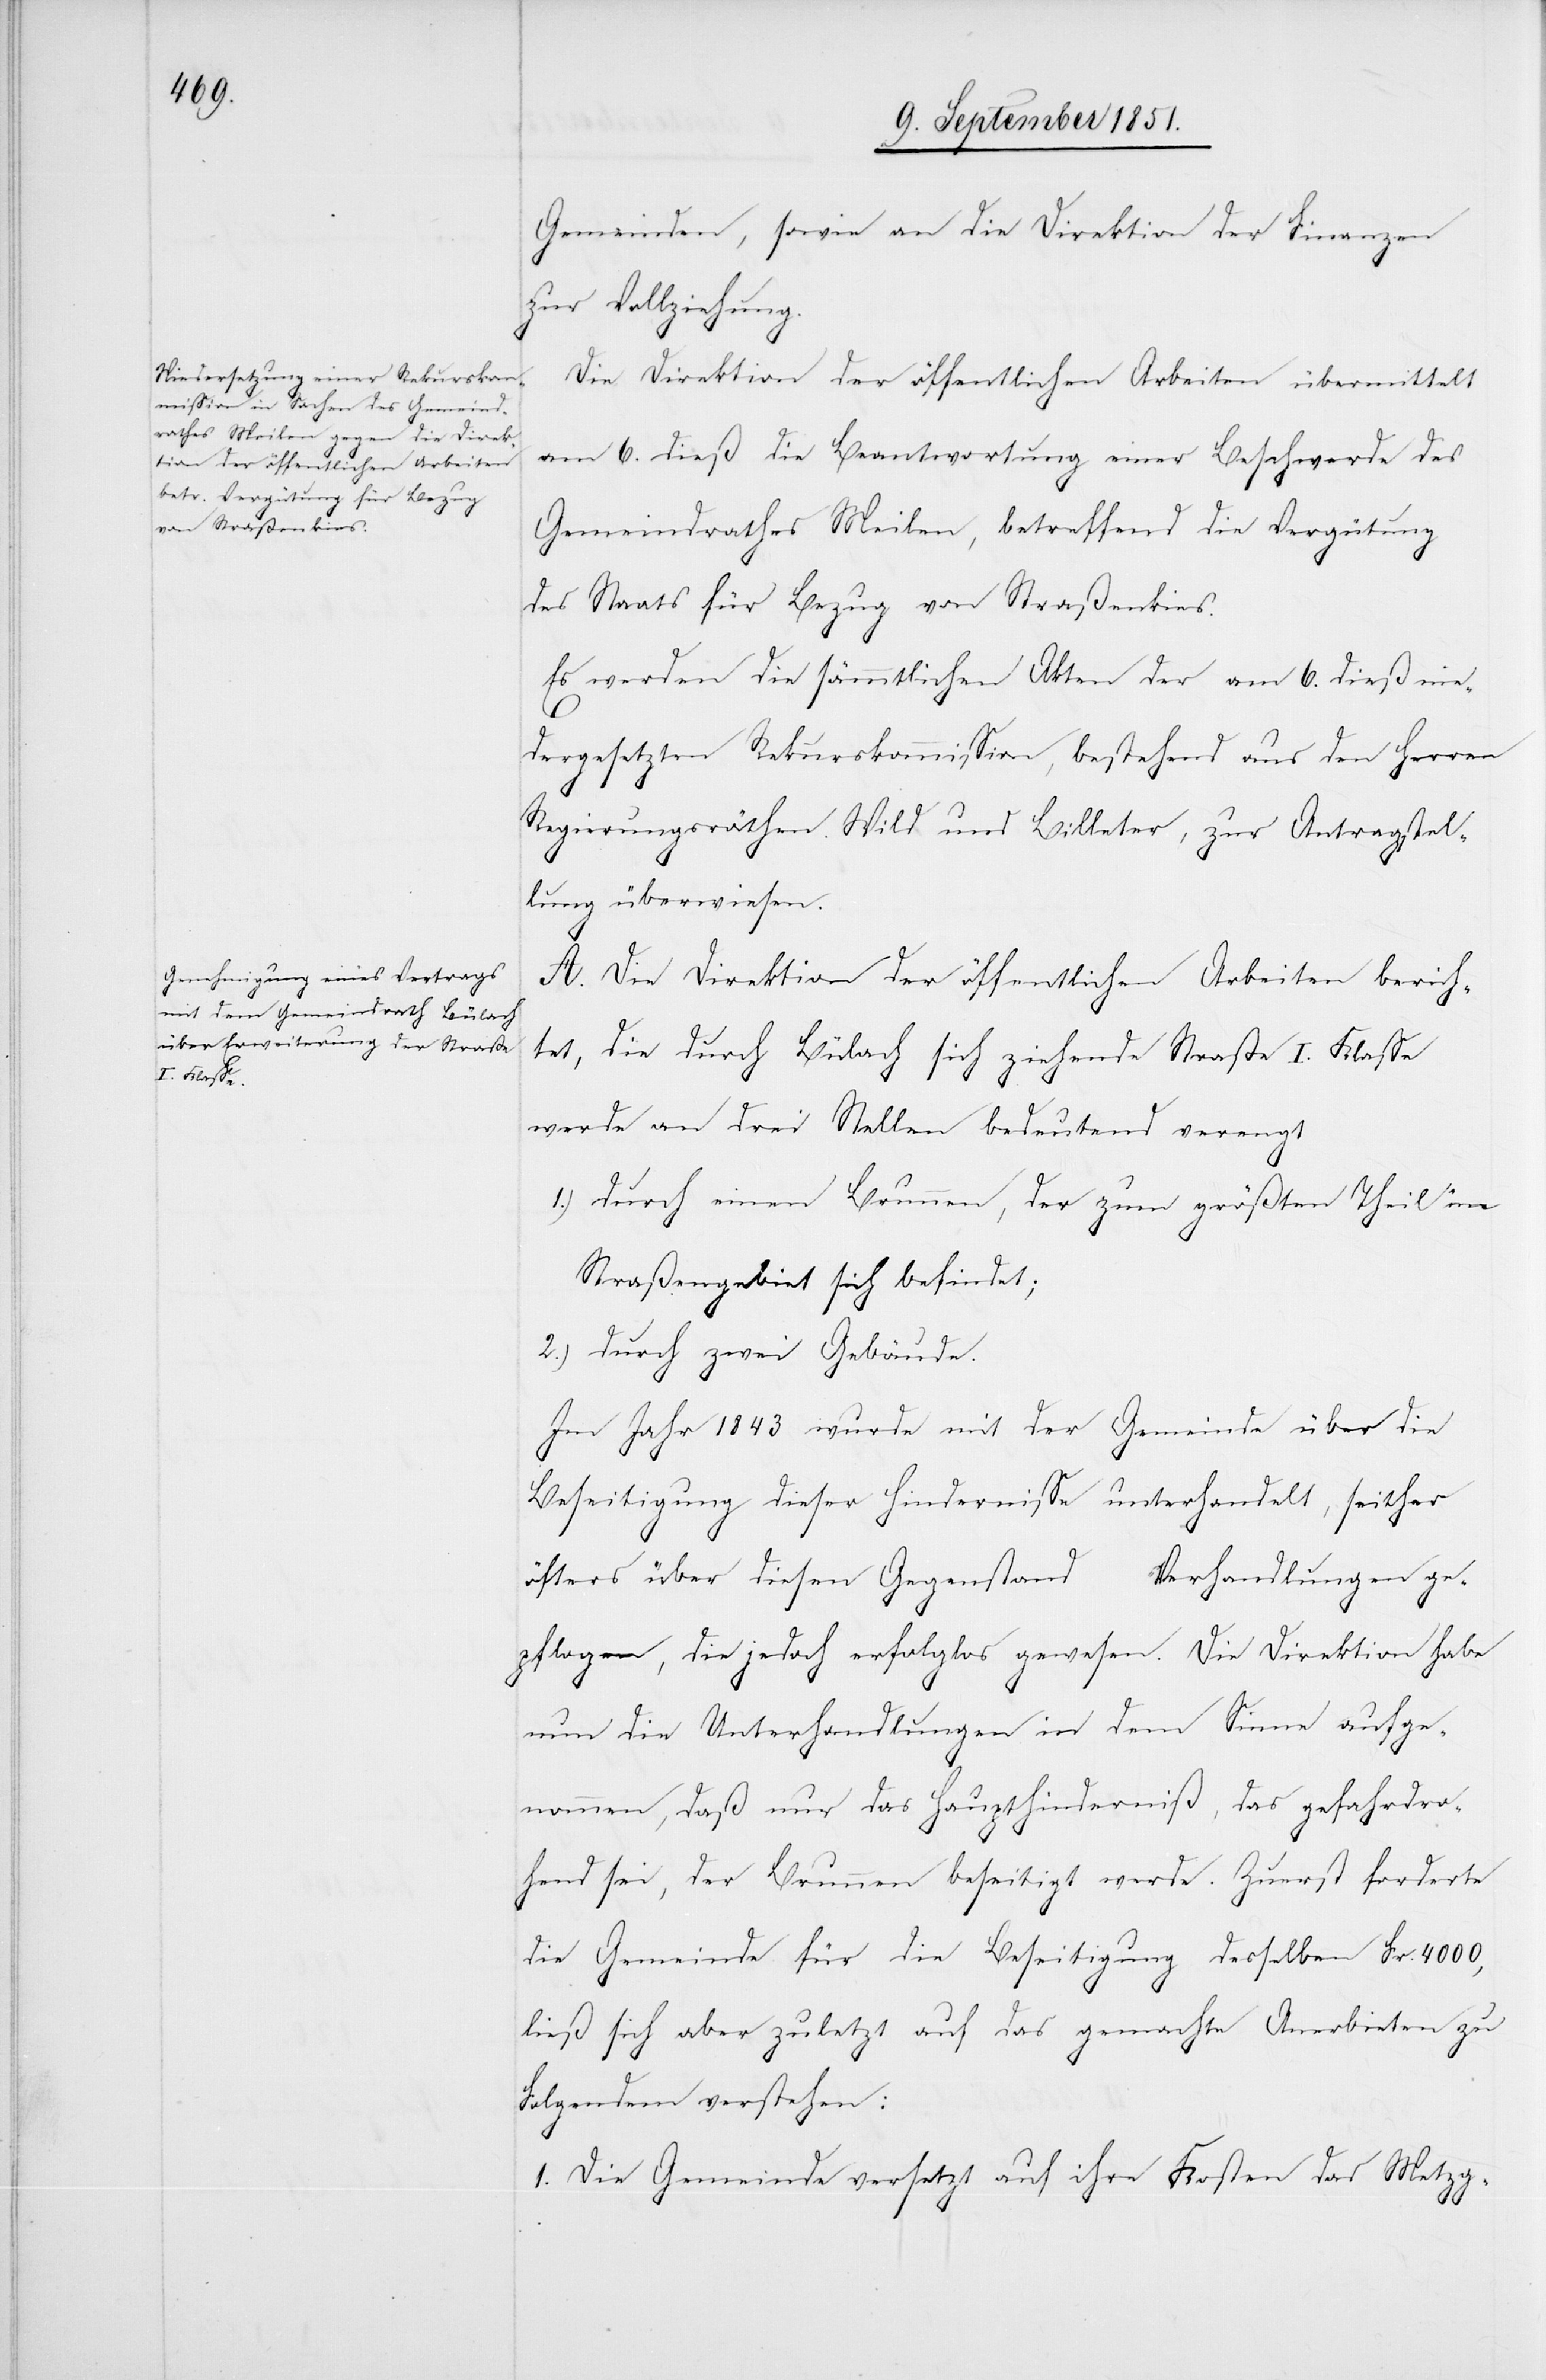
Gemeinden, sowie an die Direktion der Finanzen
zur Vollziehung.
Die Direktion der öffentlichen Arbeiten übermittelt
am 6. dieß die Beantwortung einer Beschwerde des
Gemeindrathes Meilen, betreffend die Vergütung
des Staats für Bezug von Straßenkies.
Es werden die sämmtlichen Akten der am 6. dieß nie¬
1.
dergesetzten Rekurskommission, bestehend aus den Herren
Regierungsräthen Wild und Billeter, zur Antragstel¬
lung überwiesen.
A. Die Direktion der öffentlichen Arbeiten berich¬
tet, die durch Bülach sich ziehende Straße I. Klasse
werde an drei Stellen bedeutend verengt
1.) durch einen Brunnen, der zum größten Theil im
Straßengebiet sich befindet;
2.) durch zwei Gebäude.
Im Jahr 1843 wurde mit der Gemeinde über die
Beseitigung dieser Hindernisse unterhandelt, seither
öfters über diesen Gegenstand Verhandlungen ge¬
pflogen, die jedoch erfolglos gewesen. Die Direktion habe
nun die Unterhandlungen in dem Sinne aufge¬
nommen, daß nur das Haupthinderniß, das gefahrdro¬
hend sei, der Brunnen beseitigt werde. Zuerst forderte
die Gemeinde für die Beseitigung desselben Fr. 4000,
ließ sich aber zuletzt auf das gemachte Anerbieten zu
Folgendem verstehen:
Die Gemeinde versetzt auf ihre Kosten das Metzg-